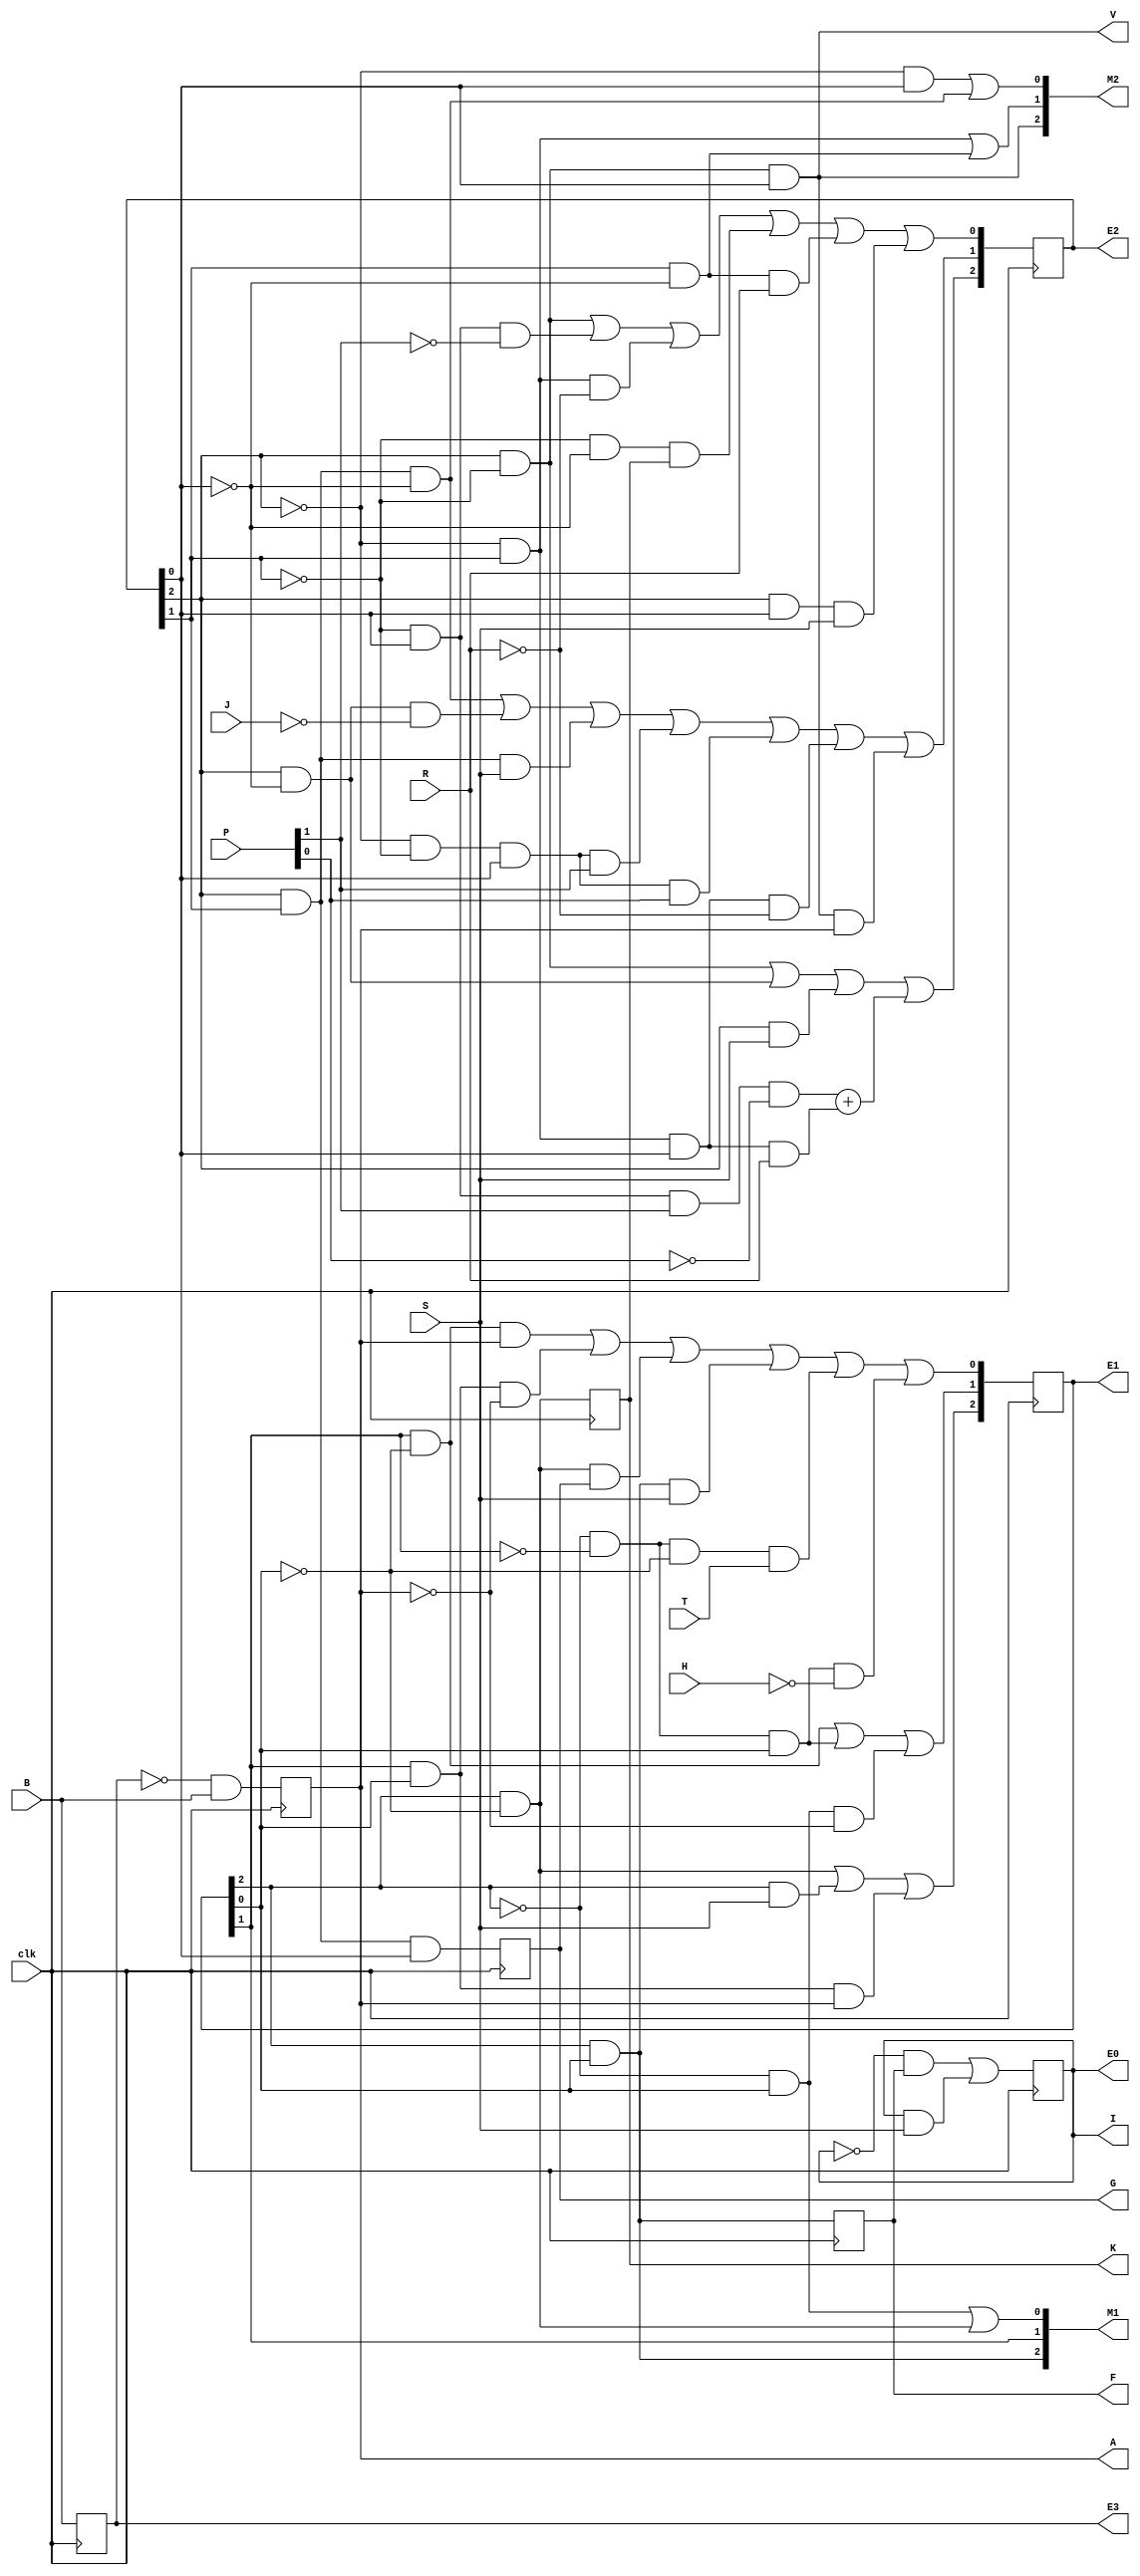
module Proyecto_FSM (
  input	clk, S,					    // Talanquera
  output I, E0,

  input T, H,				       	// Sistema
  output F, K,
  output [2:0]E1, M1,

  input R, J,
  input [1:0]P,			        // Pago
  output G, V,
  output [2:0]E2, M2,

  input B,					       	// Debouncing
  output A,E3
	);

  wire I, V;
  wire [2:0] M1, M2;
  reg E0 = 0;
  reg [2:0]E1 = 0;
  reg [2:0]E2 = 0;
  reg E3 = 0;
  reg A = 0; reg G = 0; reg K = 0;  reg F = 0;


  // valores para FSM Talanquera
  assign I = E0;

  // valores para FSM Sistema de parqueo
  assign M1[2] = E1[2] & E1[0];
  assign M1[1] = E1[1];
  assign M1[0] = (~E1[2] & E1[0]) | (E1[2] &~ E1[0]);

  // valores para FSM Pago
  assign M2[2] = E2[2] & ~E2[1] & E2[0];
  assign M2[1] = (~E2[2] & E2[1]) | (E2[1] & ~E2[0]);
  assign M2[0] = (~E2[2] & E2[0]) | (E2[2] & E2[1] & ~E2[0]);
  assign V = E2[2] & ~E2[1] & E2[0];


  always @ (posedge clk)
    begin

      // Talanquera
      E0 <= (~E0&F) | (E0&S);

      // Sistema
      E1[2] <= (E1[2]&~E1[0]) | (E1[2]&S) | (E1[1]&E1[0]&A);
      E1[1] <= (E1[1]&~E1[0]) | (~E1[2]&~E1[1]&E1[0]) | (~E1[2]&E1[0]&~A);
      E1[0] <= (E1[1]&~E1[0]&A) | (E1[1]&E1[0]&~A) | (E1[2]&~E1[0]&G) | (E1[2]&E1[0]&S) | (~E1[2]&~E1[1]&~E1[0]&T) | (~E1[2]&~E1[1]&E1[0]&~H);
      K <= E1[2] & ~E1[0];
      F <= E1[2] & E1[0];

      // Pago
      E2[2] <= (E2[2]&~E2[1]) | (E2[2]&~E2[0]) | (E2[2]&S) | (~E2[1]&E2[0]&P[1]&~P[0]) + (~E2[2]&E2[1]&E2[0]&R);
      E2[1] <= (E2[2]&E2[1]&~E2[0]) | (E2[2]&~E2[0]&~J) | (E2[2]&E2[1]&S) | (~E2[2]&~E2[1]&E2[0]&P[1]) | (~E2[2]&~E2[1]&E2[0]&P[0]) | (~E2[2]&E2[1]&E2[0]&~R) | (E2[2] &~E2[1]&E2[0]&A);
      E2[0] <= 	(E2[2]&~E2[1]) | (~E2[1]&E2[0]&~P[1]) | (~E2[2]&E2[1]&~R) | (~E2[1]&~E2[0]&K) | (E2[1]&~E2[0]&R) | (E2[2]&E2[0]&S);
      G = E2[2] & E2[1] & E2[0];

      // Debouncing
      E3 <= B;
      A <= ~E3 & B;

    end

endmodule